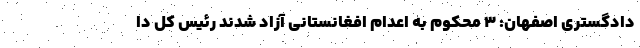
دادگستری اصفهان: 3 محکوم به اعدام افغانستانی آزاد شدند رئیس کل دا